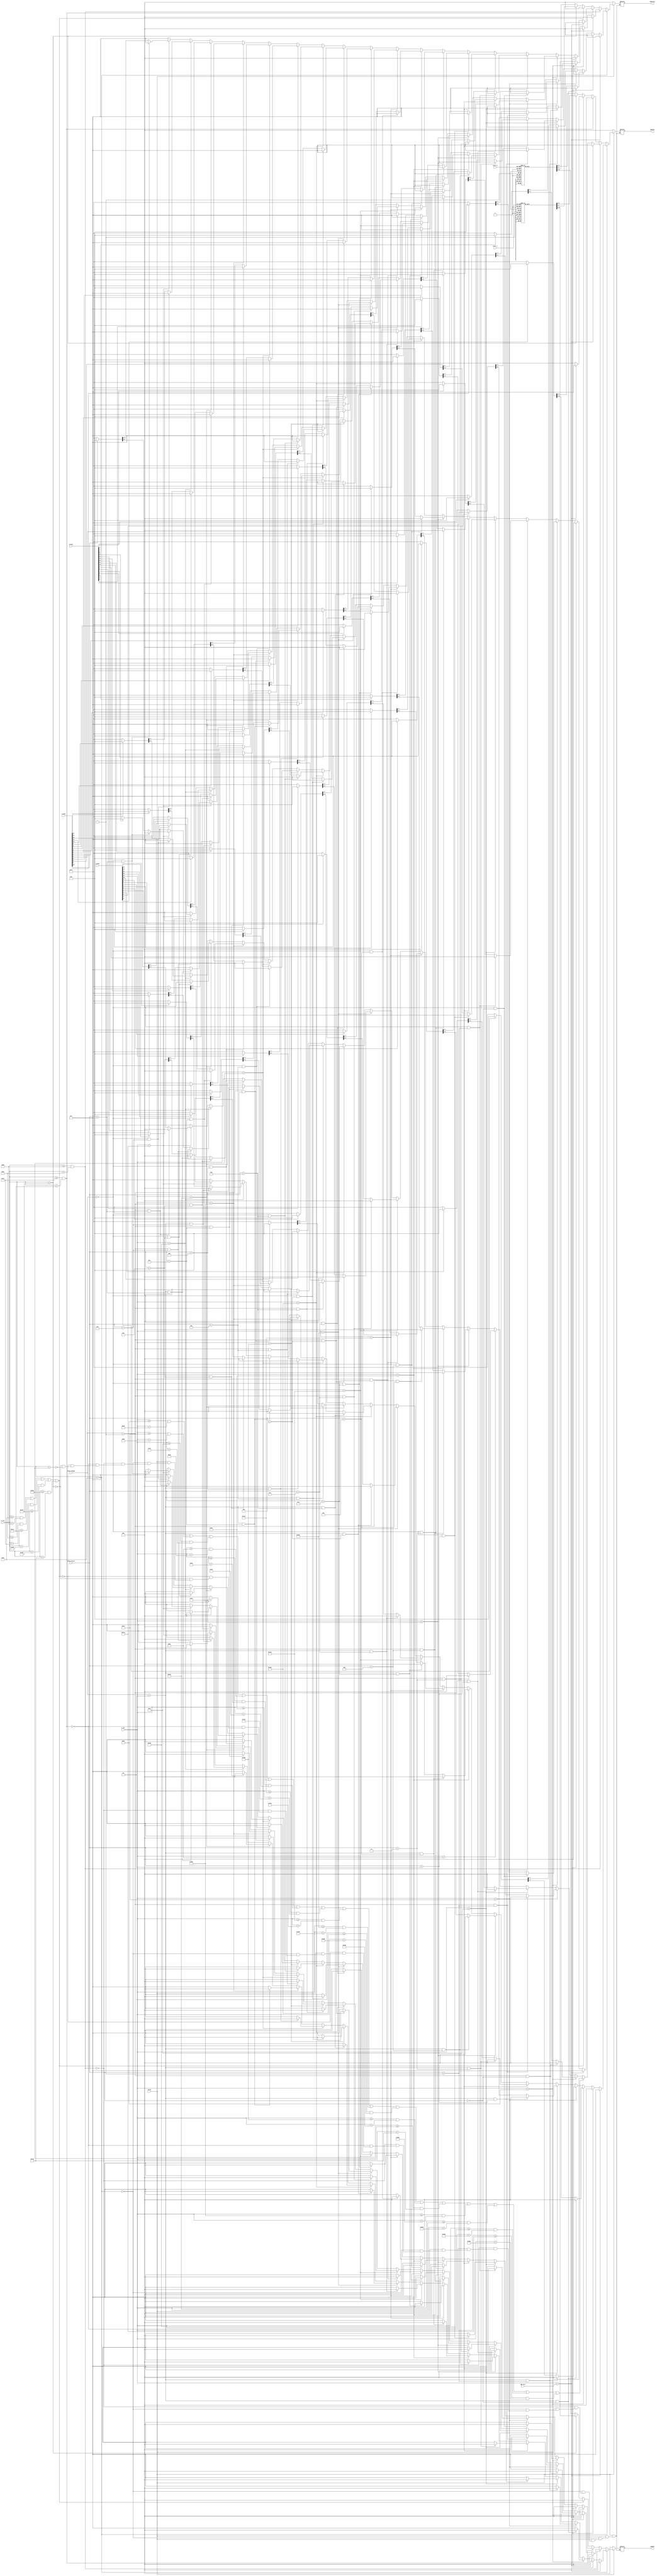
module pixel_gen(
   input [9:0] h_cnt,
   input [9:0] v_cnt,
   input valid,
   input [15:0] track0,
   input [15:0] track1,
   input [15:0] track2,
   input [1:0] track_change,
   input [3:0] track_select,
   input [9:0] vga_iter,
   input [2:0] color_0,
   input [2:0] color_1,
   output reg [3:0] vgaRed,
   output reg [3:0] vgaGreen,
   output reg [3:0] vgaBlue
);
   
always @(*) begin
     if(!valid)
          {vgaRed, vgaGreen, vgaBlue} = 12'h0;
     else if (v_cnt < 94) begin
          if (h_cnt == vga_iter) {vgaRed, vgaGreen, vgaBlue} = 12'h00f;
          else if (    (h_cnt >= 38 && h_cnt < 40) || (h_cnt >= 78 && h_cnt < 80) || (h_cnt >= 118 && h_cnt < 120) || (h_cnt >= 158 && h_cnt < 160)
               || (h_cnt >= 198 && h_cnt < 200) || (h_cnt >= 238 && h_cnt < 240) || (h_cnt >= 278 && h_cnt < 280) || (h_cnt >= 318 && h_cnt < 320)
               || (h_cnt >= 358 && h_cnt < 360) || (h_cnt >= 398 && h_cnt < 400) || (h_cnt >= 438 && h_cnt < 440) || (h_cnt >= 478 && h_cnt < 480)
               || (h_cnt >= 518 && h_cnt < 520) || (h_cnt >= 558 && h_cnt < 560) || (h_cnt >= 598 && h_cnt < 600) || (h_cnt >= 638 && h_cnt < 640))
               {vgaRed, vgaGreen, vgaBlue} = 12'h000;   // Draw black line
          else if (h_cnt < 38)
               if (track_change == 2 && track_select == 0) {vgaRed, vgaGreen, vgaBlue} = 12'h0f0;
               else if (track2[0]) {vgaRed, vgaGreen, vgaBlue} = 12'hf00;
               else {vgaRed, vgaGreen, vgaBlue} = 12'hfff;
          else if (h_cnt < 78)
               if (track_change == 2 && track_select == 1) {vgaRed, vgaGreen, vgaBlue} = 12'h0f0;
               else if (track2[1]) {vgaRed, vgaGreen, vgaBlue} = 12'hf00;
               else {vgaRed, vgaGreen, vgaBlue} = 12'hfff;
          else if (h_cnt < 118)
               if (track_change == 2 && track_select == 2) {vgaRed, vgaGreen, vgaBlue} = 12'h0f0;
               else if (track2[2]) {vgaRed, vgaGreen, vgaBlue} = 12'hf00;
               else {vgaRed, vgaGreen, vgaBlue} = 12'hfff;
          else if (h_cnt < 158)
               if (track_change == 2 && track_select == 3) {vgaRed, vgaGreen, vgaBlue} = 12'h0f0;
               else if (track2[3]) {vgaRed, vgaGreen, vgaBlue} = 12'hf00;
               else {vgaRed, vgaGreen, vgaBlue} = 12'hfff;
          else if (h_cnt < 198)
               if (track_change == 2 && track_select == 4) {vgaRed, vgaGreen, vgaBlue} = 12'h0f0;
               else if (track2[4]) {vgaRed, vgaGreen, vgaBlue} = 12'hf00;
               else {vgaRed, vgaGreen, vgaBlue} = 12'hfff;
          else if (h_cnt < 238)
               if (track_change == 2 && track_select == 5) {vgaRed, vgaGreen, vgaBlue} = 12'h0f0;
               else if (track2[5]) {vgaRed, vgaGreen, vgaBlue} = 12'hf00;
               else {vgaRed, vgaGreen, vgaBlue} = 12'hfff;
          else if (h_cnt < 278)
               if (track_change == 2 && track_select == 6) {vgaRed, vgaGreen, vgaBlue} = 12'h0f0;
               else if (track2[6]) {vgaRed, vgaGreen, vgaBlue} = 12'hf00;
               else {vgaRed, vgaGreen, vgaBlue} = 12'hfff;
          else if (h_cnt < 318)
               if (track_change == 2 && track_select == 7) {vgaRed, vgaGreen, vgaBlue} = 12'h0f0;
               else if (track2[7]) {vgaRed, vgaGreen, vgaBlue} = 12'hf00;
               else {vgaRed, vgaGreen, vgaBlue} = 12'hfff;
          else if (h_cnt < 358)
               if (track_change == 2 && track_select == 8) {vgaRed, vgaGreen, vgaBlue} = 12'h0f0;
               else if (track2[8]) {vgaRed, vgaGreen, vgaBlue} = 12'hf00;
               else {vgaRed, vgaGreen, vgaBlue} = 12'hfff;
          else if (h_cnt < 398)
               if (track_change == 2 && track_select == 9) {vgaRed, vgaGreen, vgaBlue} = 12'h0f0;
               else if (track2[9]) {vgaRed, vgaGreen, vgaBlue} = 12'hf00;
               else {vgaRed, vgaGreen, vgaBlue} = 12'hfff;
          else if (h_cnt < 438)
               if (track_change == 2 && track_select == 10) {vgaRed, vgaGreen, vgaBlue} = 12'h0f0;
               else if (track2[10]) {vgaRed, vgaGreen, vgaBlue} = 12'hf00;
               else {vgaRed, vgaGreen, vgaBlue} = 12'hfff;
          else if (h_cnt < 478)
               if (track_change == 2 && track_select == 11) {vgaRed, vgaGreen, vgaBlue} = 12'h0f0;
               else if (track2[11]) {vgaRed, vgaGreen, vgaBlue} = 12'hf00;
               else {vgaRed, vgaGreen, vgaBlue} = 12'hfff;
          else if (h_cnt < 518)
               if (track_change == 2 && track_select == 12) {vgaRed, vgaGreen, vgaBlue} = 12'h0f0;
               else if (track2[12]) {vgaRed, vgaGreen, vgaBlue} = 12'hf00;
               else {vgaRed, vgaGreen, vgaBlue} = 12'hfff;
          else if (h_cnt < 558)
               if (track_change == 2 && track_select == 13) {vgaRed, vgaGreen, vgaBlue} = 12'h0f0;
               else if (track2[13]) {vgaRed, vgaGreen, vgaBlue} = 12'hf00;
               else {vgaRed, vgaGreen, vgaBlue} = 12'hfff;
          else if (h_cnt < 598)
               if (track_change == 2 && track_select == 14) {vgaRed, vgaGreen, vgaBlue} = 12'h0f0;
               else if (track2[14]) {vgaRed, vgaGreen, vgaBlue} = 12'hf00;
               else {vgaRed, vgaGreen, vgaBlue} = 12'hfff;
          else if (h_cnt < 638)
               if (track_change == 2 && track_select == 15) {vgaRed, vgaGreen, vgaBlue} = 12'h0f0;
               else if (track2[15]) {vgaRed, vgaGreen, vgaBlue} = 12'hf00;
               else {vgaRed, vgaGreen, vgaBlue} = 12'hfff;
          else {vgaRed, vgaGreen, vgaBlue} = 12'hfff;
     end
     else if (v_cnt >= 96 && v_cnt < 190) begin
          if (h_cnt == vga_iter) {vgaRed, vgaGreen, vgaBlue} = 12'h00f;
          else if (    (h_cnt >= 38 && h_cnt < 40) || (h_cnt >= 78 && h_cnt < 80) || (h_cnt >= 118 && h_cnt < 120) || (h_cnt >= 158 && h_cnt < 160)
               || (h_cnt >= 198 && h_cnt < 200) || (h_cnt >= 238 && h_cnt < 240) || (h_cnt >= 278 && h_cnt < 280) || (h_cnt >= 318 && h_cnt < 320)
               || (h_cnt >= 358 && h_cnt < 360) || (h_cnt >= 398 && h_cnt < 400) || (h_cnt >= 438 && h_cnt < 440) || (h_cnt >= 478 && h_cnt < 480)
               || (h_cnt >= 518 && h_cnt < 520) || (h_cnt >= 558 && h_cnt < 560) || (h_cnt >= 598 && h_cnt < 600) || (h_cnt >= 638 && h_cnt < 640))
               {vgaRed, vgaGreen, vgaBlue} = 12'h000;   // Draw black line
          else if (h_cnt < 38)
               if (track_change == 1 && track_select == 0) {vgaRed, vgaGreen, vgaBlue} = 12'h0f0;
               else if (track1[0]) {vgaRed, vgaGreen, vgaBlue} = 12'hf00;
               else {vgaRed, vgaGreen, vgaBlue} = 12'hfff;
          else if (h_cnt < 78)
               if (track_change == 1 && track_select == 1) {vgaRed, vgaGreen, vgaBlue} = 12'h0f0;
               else if (track1[1]) {vgaRed, vgaGreen, vgaBlue} = 12'hf00;
               else {vgaRed, vgaGreen, vgaBlue} = 12'hfff;
          else if (h_cnt < 118)
               if (track_change == 1 && track_select == 2) {vgaRed, vgaGreen, vgaBlue} = 12'h0f0;
               else if (track1[2]) {vgaRed, vgaGreen, vgaBlue} = 12'hf00;
               else {vgaRed, vgaGreen, vgaBlue} = 12'hfff;
          else if (h_cnt < 158)
               if (track_change == 1 && track_select == 3) {vgaRed, vgaGreen, vgaBlue} = 12'h0f0;
               else if (track1[3]) {vgaRed, vgaGreen, vgaBlue} = 12'hf00;
               else {vgaRed, vgaGreen, vgaBlue} = 12'hfff;
          else if (h_cnt < 198)
               if (track_change == 1 && track_select == 4) {vgaRed, vgaGreen, vgaBlue} = 12'h0f0;
               else if (track1[4]) {vgaRed, vgaGreen, vgaBlue} = 12'hf00;
               else {vgaRed, vgaGreen, vgaBlue} = 12'hfff;
          else if (h_cnt < 238)
               if (track_change == 1 && track_select == 5) {vgaRed, vgaGreen, vgaBlue} = 12'h0f0;
               else if (track1[5]) {vgaRed, vgaGreen, vgaBlue} = 12'hf00;
               else {vgaRed, vgaGreen, vgaBlue} = 12'hfff;
          else if (h_cnt < 278)
               if (track_change == 1 && track_select == 6) {vgaRed, vgaGreen, vgaBlue} = 12'h0f0;
               else if (track1[6]) {vgaRed, vgaGreen, vgaBlue} = 12'hf00;
               else {vgaRed, vgaGreen, vgaBlue} = 12'hfff;
          else if (h_cnt < 318)
               if (track_change == 1 && track_select == 7) {vgaRed, vgaGreen, vgaBlue} = 12'h0f0;
               else if (track1[7]) {vgaRed, vgaGreen, vgaBlue} = 12'hf00;
               else {vgaRed, vgaGreen, vgaBlue} = 12'hfff;
          else if (h_cnt < 358)
               if (track_change == 1 && track_select == 8) {vgaRed, vgaGreen, vgaBlue} = 12'h0f0;
               else if (track1[8]) {vgaRed, vgaGreen, vgaBlue} = 12'hf00;
               else {vgaRed, vgaGreen, vgaBlue} = 12'hfff;
          else if (h_cnt < 398)
               if (track_change == 1 && track_select == 9) {vgaRed, vgaGreen, vgaBlue} = 12'h0f0;
               else if (track1[9]) {vgaRed, vgaGreen, vgaBlue} = 12'hf00;
               else {vgaRed, vgaGreen, vgaBlue} = 12'hfff;
          else if (h_cnt < 438)
               if (track_change == 1 && track_select == 10) {vgaRed, vgaGreen, vgaBlue} = 12'h0f0;
               else if (track1[10]) {vgaRed, vgaGreen, vgaBlue} = 12'hf00;
               else {vgaRed, vgaGreen, vgaBlue} = 12'hfff;
          else if (h_cnt < 478)
               if (track_change == 1 && track_select == 11) {vgaRed, vgaGreen, vgaBlue} = 12'h0f0;
               else if (track1[11]) {vgaRed, vgaGreen, vgaBlue} = 12'hf00;
               else {vgaRed, vgaGreen, vgaBlue} = 12'hfff;
          else if (h_cnt < 518)
               if (track_change == 1 && track_select == 12) {vgaRed, vgaGreen, vgaBlue} = 12'h0f0;
               else if (track1[12]) {vgaRed, vgaGreen, vgaBlue} = 12'hf00;
               else {vgaRed, vgaGreen, vgaBlue} = 12'hfff;
          else if (h_cnt < 558)
               if (track_change == 1 && track_select == 13) {vgaRed, vgaGreen, vgaBlue} = 12'h0f0;
               else if (track1[13]) {vgaRed, vgaGreen, vgaBlue} = 12'hf00;
               else {vgaRed, vgaGreen, vgaBlue} = 12'hfff;
          else if (h_cnt < 598)
               if (track_change == 1 && track_select == 14) {vgaRed, vgaGreen, vgaBlue} = 12'h0f0;
               else if (track1[14]) {vgaRed, vgaGreen, vgaBlue} = 12'hf00;
               else {vgaRed, vgaGreen, vgaBlue} = 12'hfff;
          else if (h_cnt < 638)
               if (track_change == 1 && track_select == 15) {vgaRed, vgaGreen, vgaBlue} = 12'h0f0;
               else if (track1[15]) {vgaRed, vgaGreen, vgaBlue} = 12'hf00;
               else {vgaRed, vgaGreen, vgaBlue} = 12'hfff;
          else {vgaRed, vgaGreen, vgaBlue} = 12'hfff;
     end
     else if (v_cnt >= 192 && v_cnt < 286) begin
          if (h_cnt == vga_iter) {vgaRed, vgaGreen, vgaBlue} = 12'h00f;
          else if (    (h_cnt >= 38 && h_cnt < 40) || (h_cnt >= 78 && h_cnt < 80) || (h_cnt >= 118 && h_cnt < 120) || (h_cnt >= 158 && h_cnt < 160)
               || (h_cnt >= 198 && h_cnt < 200) || (h_cnt >= 238 && h_cnt < 240) || (h_cnt >= 278 && h_cnt < 280) || (h_cnt >= 318 && h_cnt < 320)
               || (h_cnt >= 358 && h_cnt < 360) || (h_cnt >= 398 && h_cnt < 400) || (h_cnt >= 438 && h_cnt < 440) || (h_cnt >= 478 && h_cnt < 480)
               || (h_cnt >= 518 && h_cnt < 520) || (h_cnt >= 558 && h_cnt < 560) || (h_cnt >= 598 && h_cnt < 600) || (h_cnt >= 638 && h_cnt < 640))
               {vgaRed, vgaGreen, vgaBlue} = 12'h000;   // Draw black line
          else if (h_cnt < 38)
               if (track_change == 0 && track_select == 0) {vgaRed, vgaGreen, vgaBlue} = 12'h0f0;
               else if (track0[0]) {vgaRed, vgaGreen, vgaBlue} = 12'hf00;
               else {vgaRed, vgaGreen, vgaBlue} = 12'hfff;
          else if (h_cnt < 78)
               if (track_change == 0 && track_select == 1) {vgaRed, vgaGreen, vgaBlue} = 12'h0f0;
               else if (track0[1]) {vgaRed, vgaGreen, vgaBlue} = 12'hf00;
               else {vgaRed, vgaGreen, vgaBlue} = 12'hfff;
          else if (h_cnt < 118)
               if (track_change == 0 && track_select == 2) {vgaRed, vgaGreen, vgaBlue} = 12'h0f0;
               else if (track0[2]) {vgaRed, vgaGreen, vgaBlue} = 12'hf00;
               else {vgaRed, vgaGreen, vgaBlue} = 12'hfff;
          else if (h_cnt < 158)
               if (track_change == 0 && track_select == 3) {vgaRed, vgaGreen, vgaBlue} = 12'h0f0;
               else if (track0[3]) {vgaRed, vgaGreen, vgaBlue} = 12'hf00;
               else {vgaRed, vgaGreen, vgaBlue} = 12'hfff;
          else if (h_cnt < 198)
               if (track_change == 0 && track_select == 4) {vgaRed, vgaGreen, vgaBlue} = 12'h0f0;
               else if (track0[4]) {vgaRed, vgaGreen, vgaBlue} = 12'hf00;
               else {vgaRed, vgaGreen, vgaBlue} = 12'hfff;
          else if (h_cnt < 238)
               if (track_change == 0 && track_select == 5) {vgaRed, vgaGreen, vgaBlue} = 12'h0f0;
               else if (track0[5]) {vgaRed, vgaGreen, vgaBlue} = 12'hf00;
               else {vgaRed, vgaGreen, vgaBlue} = 12'hfff;
          else if (h_cnt < 278)
               if (track_change == 0 && track_select == 6) {vgaRed, vgaGreen, vgaBlue} = 12'h0f0;
               else if (track0[6]) {vgaRed, vgaGreen, vgaBlue} = 12'hf00;
               else {vgaRed, vgaGreen, vgaBlue} = 12'hfff;
          else if (h_cnt < 318)
               if (track_change == 0 && track_select == 7) {vgaRed, vgaGreen, vgaBlue} = 12'h0f0;
               else if (track0[7]) {vgaRed, vgaGreen, vgaBlue} = 12'hf00;
               else {vgaRed, vgaGreen, vgaBlue} = 12'hfff;
          else if (h_cnt < 358)
               if (track_change == 0 && track_select == 8) {vgaRed, vgaGreen, vgaBlue} = 12'h0f0;
               else if (track0[8]) {vgaRed, vgaGreen, vgaBlue} = 12'hf00;
               else {vgaRed, vgaGreen, vgaBlue} = 12'hfff;
          else if (h_cnt < 398)
               if (track_change == 0 && track_select == 9) {vgaRed, vgaGreen, vgaBlue} = 12'h0f0;
               else if (track0[9]) {vgaRed, vgaGreen, vgaBlue} = 12'hf00;
               else {vgaRed, vgaGreen, vgaBlue} = 12'hfff;
          else if (h_cnt < 438)
               if (track_change == 0 && track_select == 10) {vgaRed, vgaGreen, vgaBlue} = 12'h0f0;
               else if (track0[10]) {vgaRed, vgaGreen, vgaBlue} = 12'hf00;
               else {vgaRed, vgaGreen, vgaBlue} = 12'hfff;
          else if (h_cnt < 478)
               if (track_change == 0 && track_select == 11) {vgaRed, vgaGreen, vgaBlue} = 12'h0f0;
               else if (track0[11]) {vgaRed, vgaGreen, vgaBlue} = 12'hf00;
               else {vgaRed, vgaGreen, vgaBlue} = 12'hfff;
          else if (h_cnt < 518)
               if (track_change == 0 && track_select == 12) {vgaRed, vgaGreen, vgaBlue} = 12'h0f0;
               else if (track0[12]) {vgaRed, vgaGreen, vgaBlue} = 12'hf00;
               else {vgaRed, vgaGreen, vgaBlue} = 12'hfff;
          else if (h_cnt < 558)
               if (track_change == 0 && track_select == 13) {vgaRed, vgaGreen, vgaBlue} = 12'h0f0;
               else if (track0[13]) {vgaRed, vgaGreen, vgaBlue} = 12'hf00;
               else {vgaRed, vgaGreen, vgaBlue} = 12'hfff;
          else if (h_cnt < 598)
               if (track_change == 0 && track_select == 14) {vgaRed, vgaGreen, vgaBlue} = 12'h0f0;
               else if (track0[14]) {vgaRed, vgaGreen, vgaBlue} = 12'hf00;
               else {vgaRed, vgaGreen, vgaBlue} = 12'hfff;
          else if (h_cnt < 638)
               if (track_change == 0 && track_select == 15) {vgaRed, vgaGreen, vgaBlue} = 12'h0f0;
               else if (track0[15]) {vgaRed, vgaGreen, vgaBlue} = 12'hf00;
               else {vgaRed, vgaGreen, vgaBlue} = 12'hfff;
          else {vgaRed, vgaGreen, vgaBlue} = 12'hfff;
     end
     else if ((v_cnt >= 94 && v_cnt < 96) || (v_cnt >= 190 && v_cnt < 192) || (v_cnt >= 286 && v_cnt < 288) || (v_cnt >= 382 && v_cnt < 384) || (v_cnt >= 478 && v_cnt < 480))
          if (h_cnt == vga_iter) {vgaRed, vgaGreen, vgaBlue} = 12'h00f;
          else {vgaRed, vgaGreen, vgaBlue} = 12'h000;   // Draw black line
     else if (v_cnt < 382)
          case (color_1)
               0: {vgaRed, vgaGreen, vgaBlue} = 12'hfff;
               1: {vgaRed, vgaGreen, vgaBlue} = 12'hf00;
               2: {vgaRed, vgaGreen, vgaBlue} = 12'hf80;
               3: {vgaRed, vgaGreen, vgaBlue} = 12'hff0;
               4: {vgaRed, vgaGreen, vgaBlue} = 12'h0f0;
               5: {vgaRed, vgaGreen, vgaBlue} = 12'h00f;
               6: {vgaRed, vgaGreen, vgaBlue} = 12'h0ff;
               7: {vgaRed, vgaGreen, vgaBlue} = 12'hf0f;
          endcase
     else if (v_cnt < 478)
          case (color_0)
               0: {vgaRed, vgaGreen, vgaBlue} = 12'hfff;
               1: {vgaRed, vgaGreen, vgaBlue} = 12'hf00;
               2: {vgaRed, vgaGreen, vgaBlue} = 12'hf80;
               3: {vgaRed, vgaGreen, vgaBlue} = 12'hff0;
               4: {vgaRed, vgaGreen, vgaBlue} = 12'h0f0;
               5: {vgaRed, vgaGreen, vgaBlue} = 12'h00f;
               6: {vgaRed, vgaGreen, vgaBlue} = 12'h0ff;
               7: {vgaRed, vgaGreen, vgaBlue} = 12'hf0f;
          endcase
end

endmodule